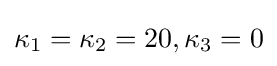
\kappa _{1}=\kappa _{2}=20,\kappa _{3}=0